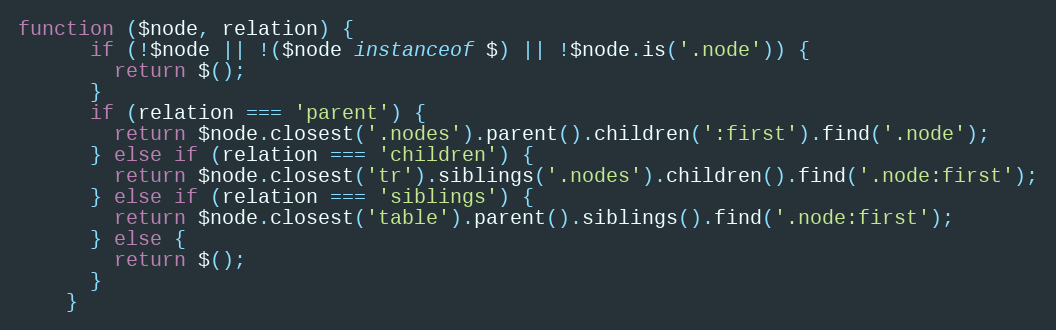
Language: JavaScript
function ($node, relation) {
      if (!$node || !($node instanceof $) || !$node.is('.node')) {
        return $();
      }
      if (relation === 'parent') {
        return $node.closest('.nodes').parent().children(':first').find('.node');
      } else if (relation === 'children') {
        return $node.closest('tr').siblings('.nodes').children().find('.node:first');
      } else if (relation === 'siblings') {
        return $node.closest('table').parent().siblings().find('.node:first');
      } else {
        return $();
      }
    }